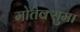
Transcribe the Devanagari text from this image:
मोतेक्सुमा